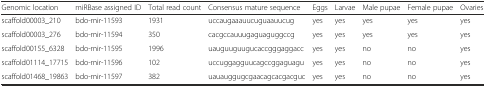
<table><thead><tr><td><b>Genomic location</b></td><td><b>miRBase assigned ID</b></td><td><b>Total read count</b></td><td><b>Consensus mature sequence</b></td><td><b>Eggs</b></td><td><b>Larvae</b></td><td><b>Male pupae</b></td><td><b>Female pupae</b></td><td><b>Ovaries</b></td></tr></thead><tbody><tr><td>scaffold00003_210</td><td>bdo-mir-11593</td><td>1931</td><td>uccaugaaauucuguaauucug</td><td>yes</td><td>yes</td><td>yes</td><td>yes</td><td>yes</td></tr><tr><td>scaffold00003_276</td><td>bdo-mir-11594</td><td>350</td><td>cacgccauuugaguaguggccg</td><td>yes</td><td>yes</td><td>yes</td><td>yes</td><td>yes</td></tr><tr><td>scaffold00155_6328</td><td>bdo-mir-11595</td><td>1996</td><td>uauguuguugucaccgggaggacc</td><td>yes</td><td>yes</td><td>no</td><td>no</td><td>yes</td></tr><tr><td>scaffold01114_17715</td><td>bdo-mir-11596</td><td>102</td><td>uccuggagguucagccggaguagu</td><td>yes</td><td>yes</td><td>no</td><td>no</td><td>yes</td></tr><tr><td>scaffold01468_19863</td><td>bdo-mir-11597</td><td>382</td><td>uauauggugcgaacagcacgacguc</td><td>yes</td><td>yes</td><td>no</td><td>no</td><td>yes</td></tr></tbody></table>